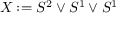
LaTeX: X : = S ^ { 2 } \vee S ^ { 1 } \vee S ^ { 1 }